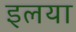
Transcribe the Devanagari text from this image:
इलया